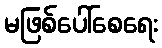
မဖြစ်ပေါ်စေရေး